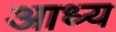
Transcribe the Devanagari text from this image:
आध्य